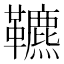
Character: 𩍶